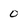
Character: 0